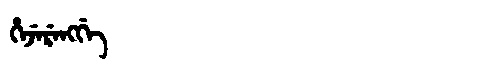
Manchu: ᡥᡝᠵᡝᡵᡝᠩᡤᡝ
Romanization: HEJERENGGE